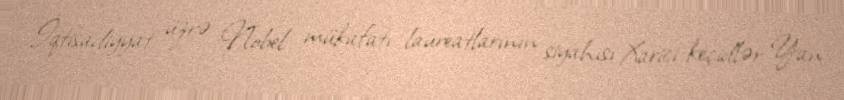
İqtisadiyyat üzrə Nobel mükafatı laureatlarının siyahısı Xarici keçidlər Yan